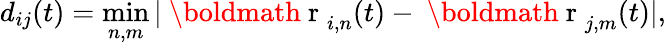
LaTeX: d_{ij}(t)=\operatorname*{min}_{n,m}|{\mathrm{~\boldmath~r~}}_{i,n}(t)-{\mathrm{~\boldmath~r~}}_{j,m}(t)|,